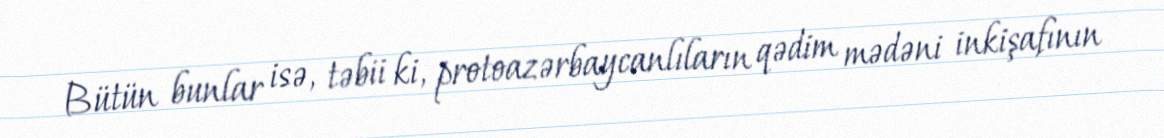
Bütün bunlar isə, təbii ki, protoazərbaycanlıların qədim mədəni inkişafının